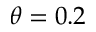
\theta = 0 . 2